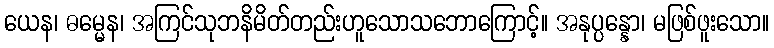
ယေန၊ ဓမ္မေန၊ အကြင်သုဘနိမိတ်တည်းဟူသောသဘောကြောင့်။ အနုပ္ပန္နော၊ မဖြစ်ဖူးသော။